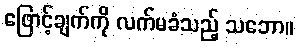
ဖြောင့်ချက်ကို လက်မခံသည့် သဘော။